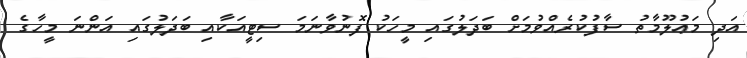
އަދި މަޢުލޫމާތު ސާފުކުރެއްވުމަށް ބަދަލުގައި މީހަކު ފޮނުވާނަމަ ސިޓީއަކާއި ބަދަލުގައި އަންނަ މީހާގެ